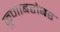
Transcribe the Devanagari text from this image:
कुणाबरोबर